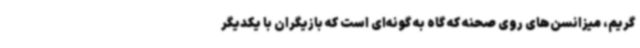
گریم، میزانسن‌های روی صحنه که گاه به گونه‌ای است که بازیگران با یکدیگر